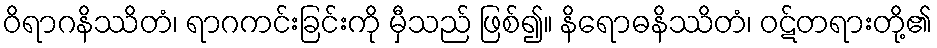
ဝိရာဂနိဿိတံ၊ ရာဂကင်းခြင်းကို မှီသည် ဖြစ်၍။ နိရောဓနိဿိတံ၊ ဝဋ်တရားတို့၏